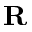
\textbf { R }